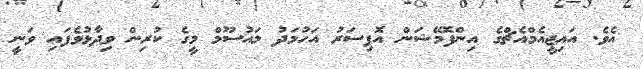
އެވެ. އައިޖީއެމްއެޗްގެ އިންފޮމޭޝަން އޮފިސަރު އަހުމަދު މައުސޫމް މީގެ ކުރިން ވިދާޅުވެފައި ވަނީ